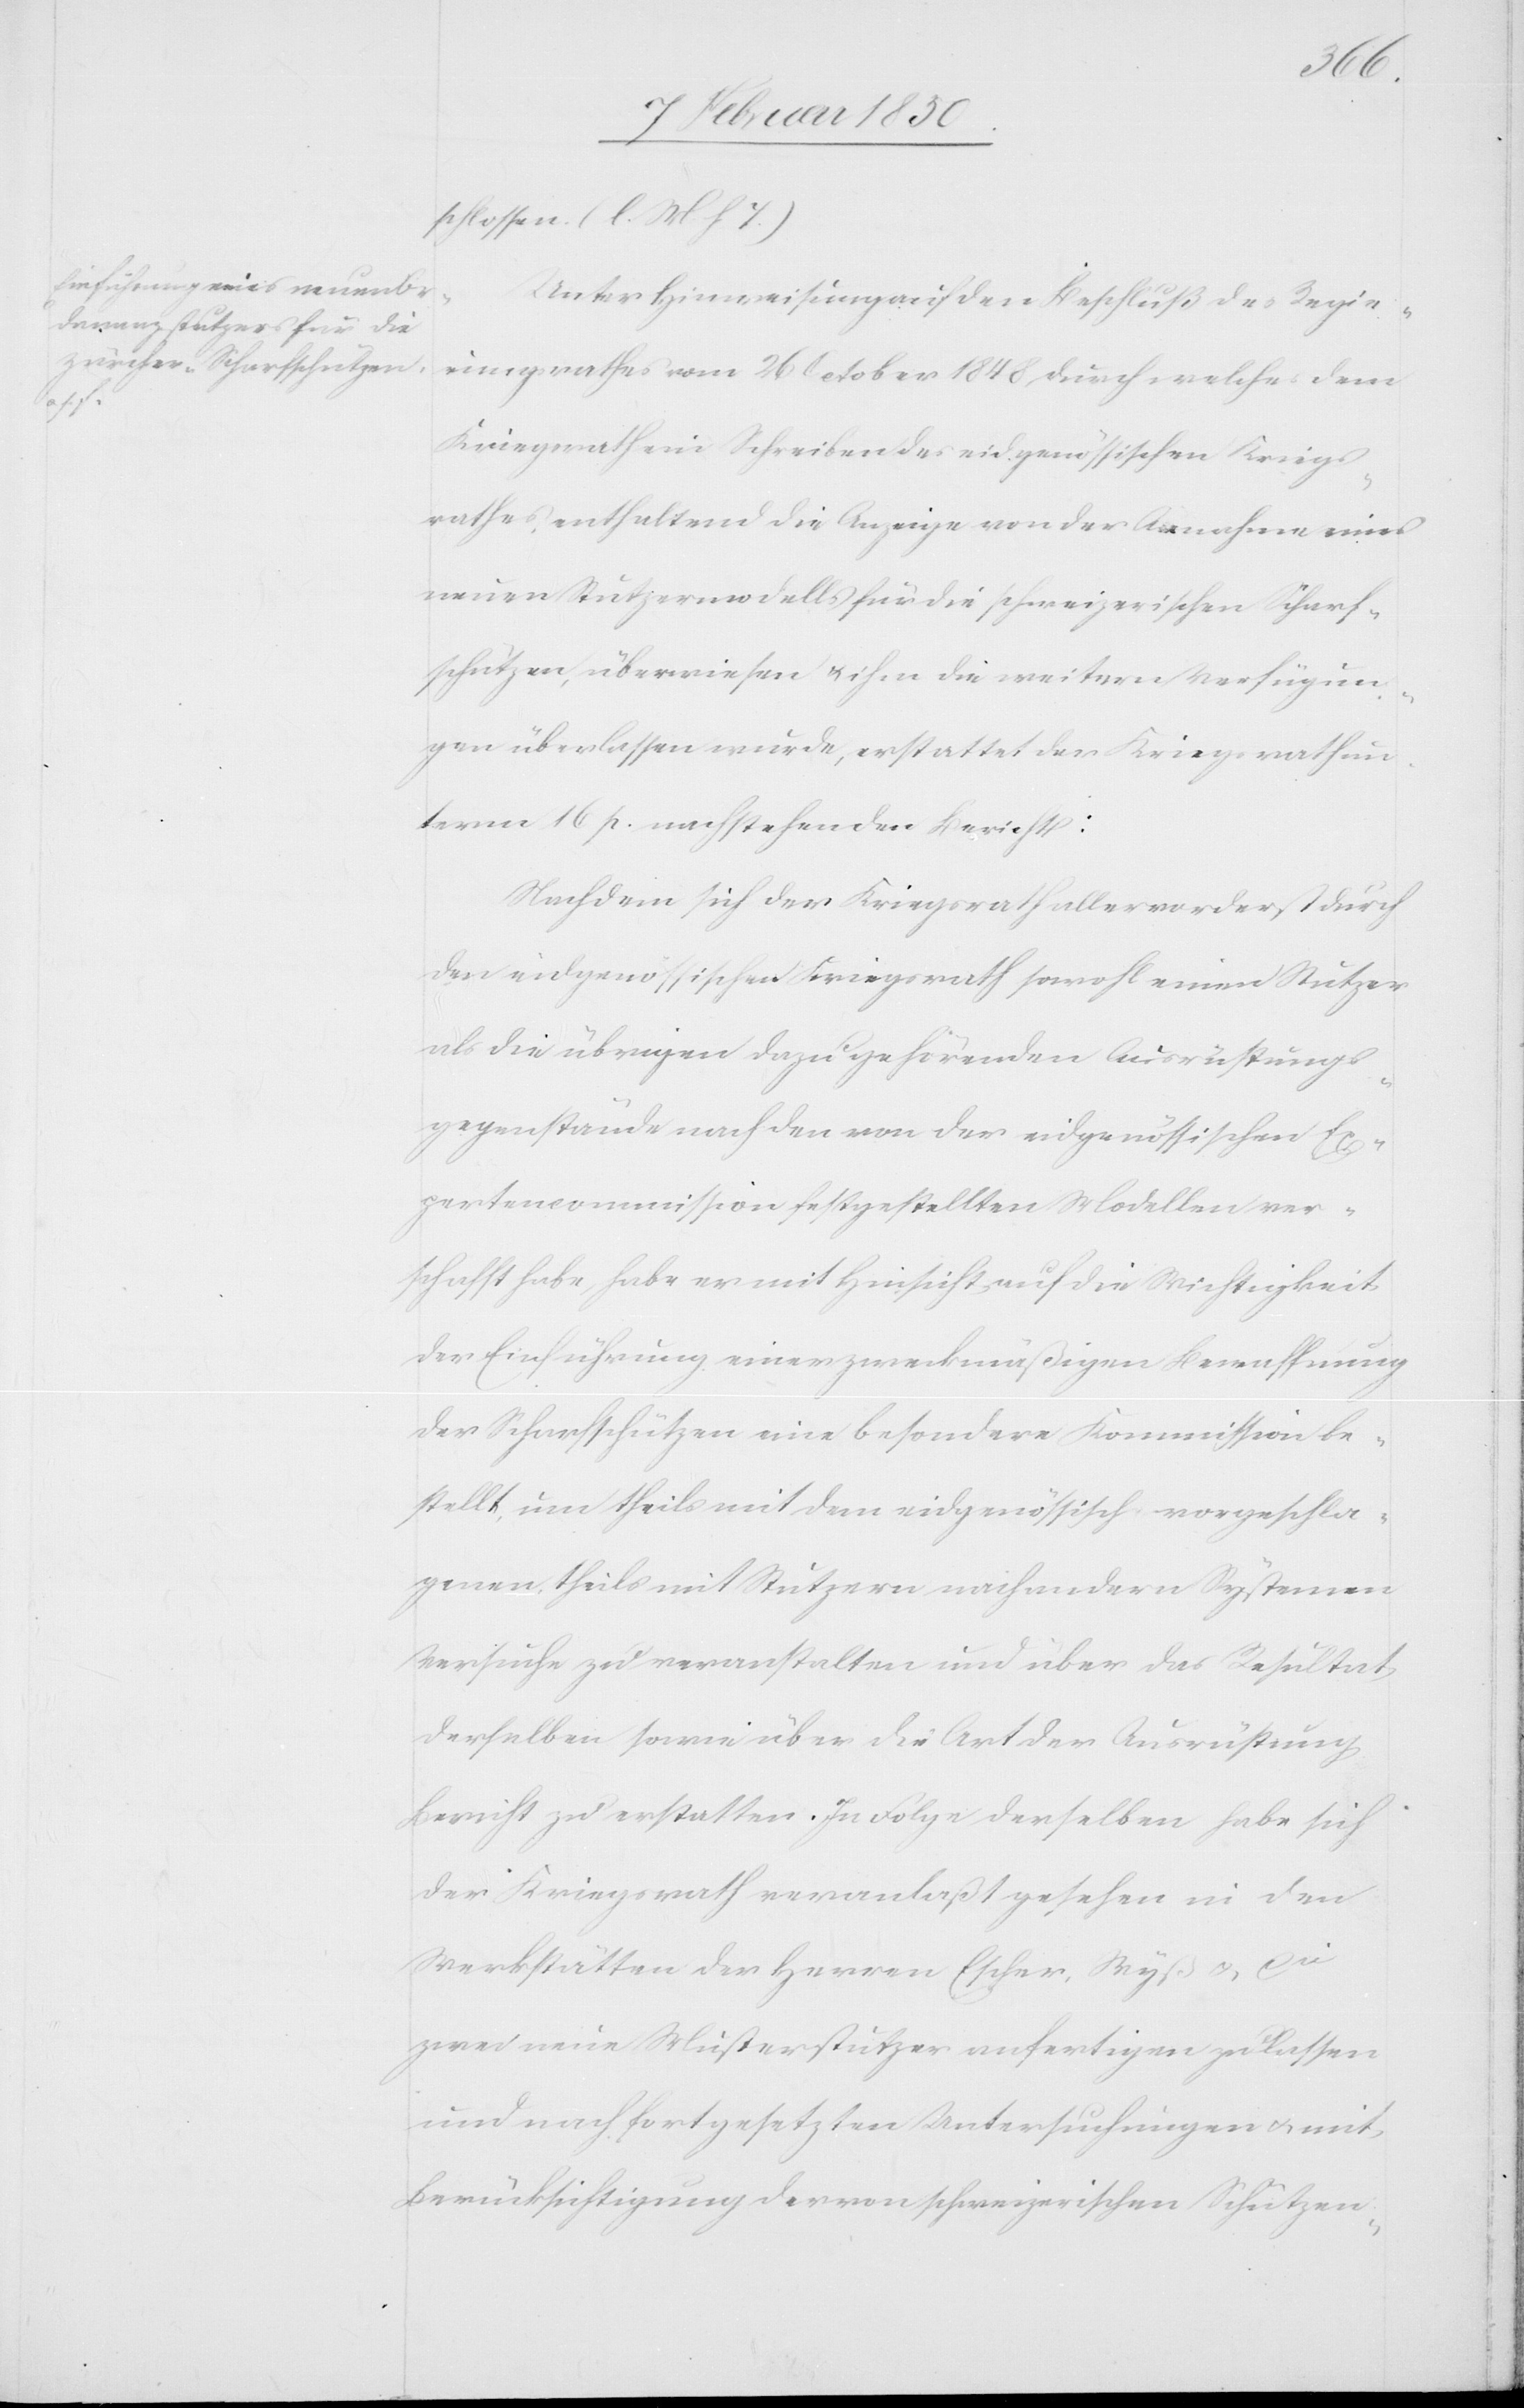
schlossen (l. M. h. T.)
Unter Hinweisung auf den Beschluß des Regie¬
rungsrathes vom 26 October 1848 durch welches dem
Kriegsrath ein Schreiben des eidgenössischen Kriegs¬
rathes, enthaltend die Anzeige von der Annahme eines
neuen Stutzermodells für die schweizerischen Scharf¬
schützen, überwiesen u. ihm die weitern Verfügun¬
gen überlassen wurde, erstattet der Kriegsrath un¬
term 16 p. nachstehenden Bericht:
Nachdem sich der Kriegsrath allervorderst durch
den eidgenössischen Kriegsrath sowohl einen Stutzer
als die übrigen dazu gehörenden Ausrüstungs¬
gegenstände nach den von der eidgenössischen Ex¬
pertencommission festgestellten Modellen ver¬
schafft habe, habe er mit Hinsicht auf die Wichtigkeit
der Einführung einer zweckmäßigen Bewaffnung
der Scharfschützen eine besondere Kommission be¬
stellt, um theils mit dem eidgenössisch vorgeschla¬
genen, theils mit Stutzern nach andern Systemen
Versuche zu veranstalten und über das Resultat
derselben sowie über die Art der Ausrüstung
Bericht zu erstatten. In Folge derselben habe sich
der Kriegsrath veranlaßt gesehen in den
Werkstätten der Herren Escher, Wyß u. C?
zwei neue Musterstutzer anfertigen zu lassen
und nach fortgesetzten Untersuchungen u. mit
Berücksichtigung der von schweizerischen Schützen-